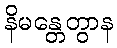
နိမန္တေတွာန